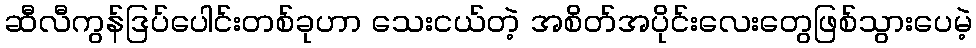
ဆီလီကွန်ဒြပ်ပေါင်းတစ်ခုဟာ သေးငယ်တဲ့ အစိတ်အပိုင်းလေးတွေဖြစ်သွားပေမဲ့